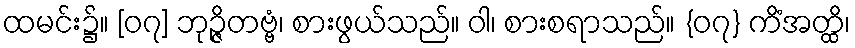
ထမင်း၌။ [၀၇] ဘုဉ္ဇိတဗ္ဗံ၊ စားဖွယ်သည်။ ဝါ၊ စားစရာသည်။ {၀၇} ကိံအတ္ထိ၊